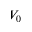
V _ { 0 }